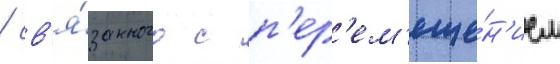
/ св'я́занного с п'ер'ем'еще́н'ием